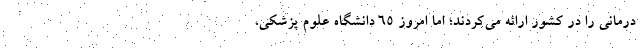
درمانی را در کشور ارائه می‌کردند؛ اما امروز ۶۵ دانشگاه علوم پزشکی،